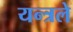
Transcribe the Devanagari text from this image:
यन्त्रले